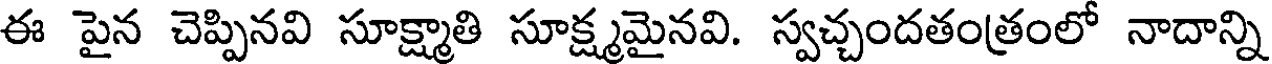
ఈ పైన చెప్పినవి సూక్ష్మాతి సూక్ష్మమైనవి. స్వచ్చందతంత్రంలో నాదాన్ని